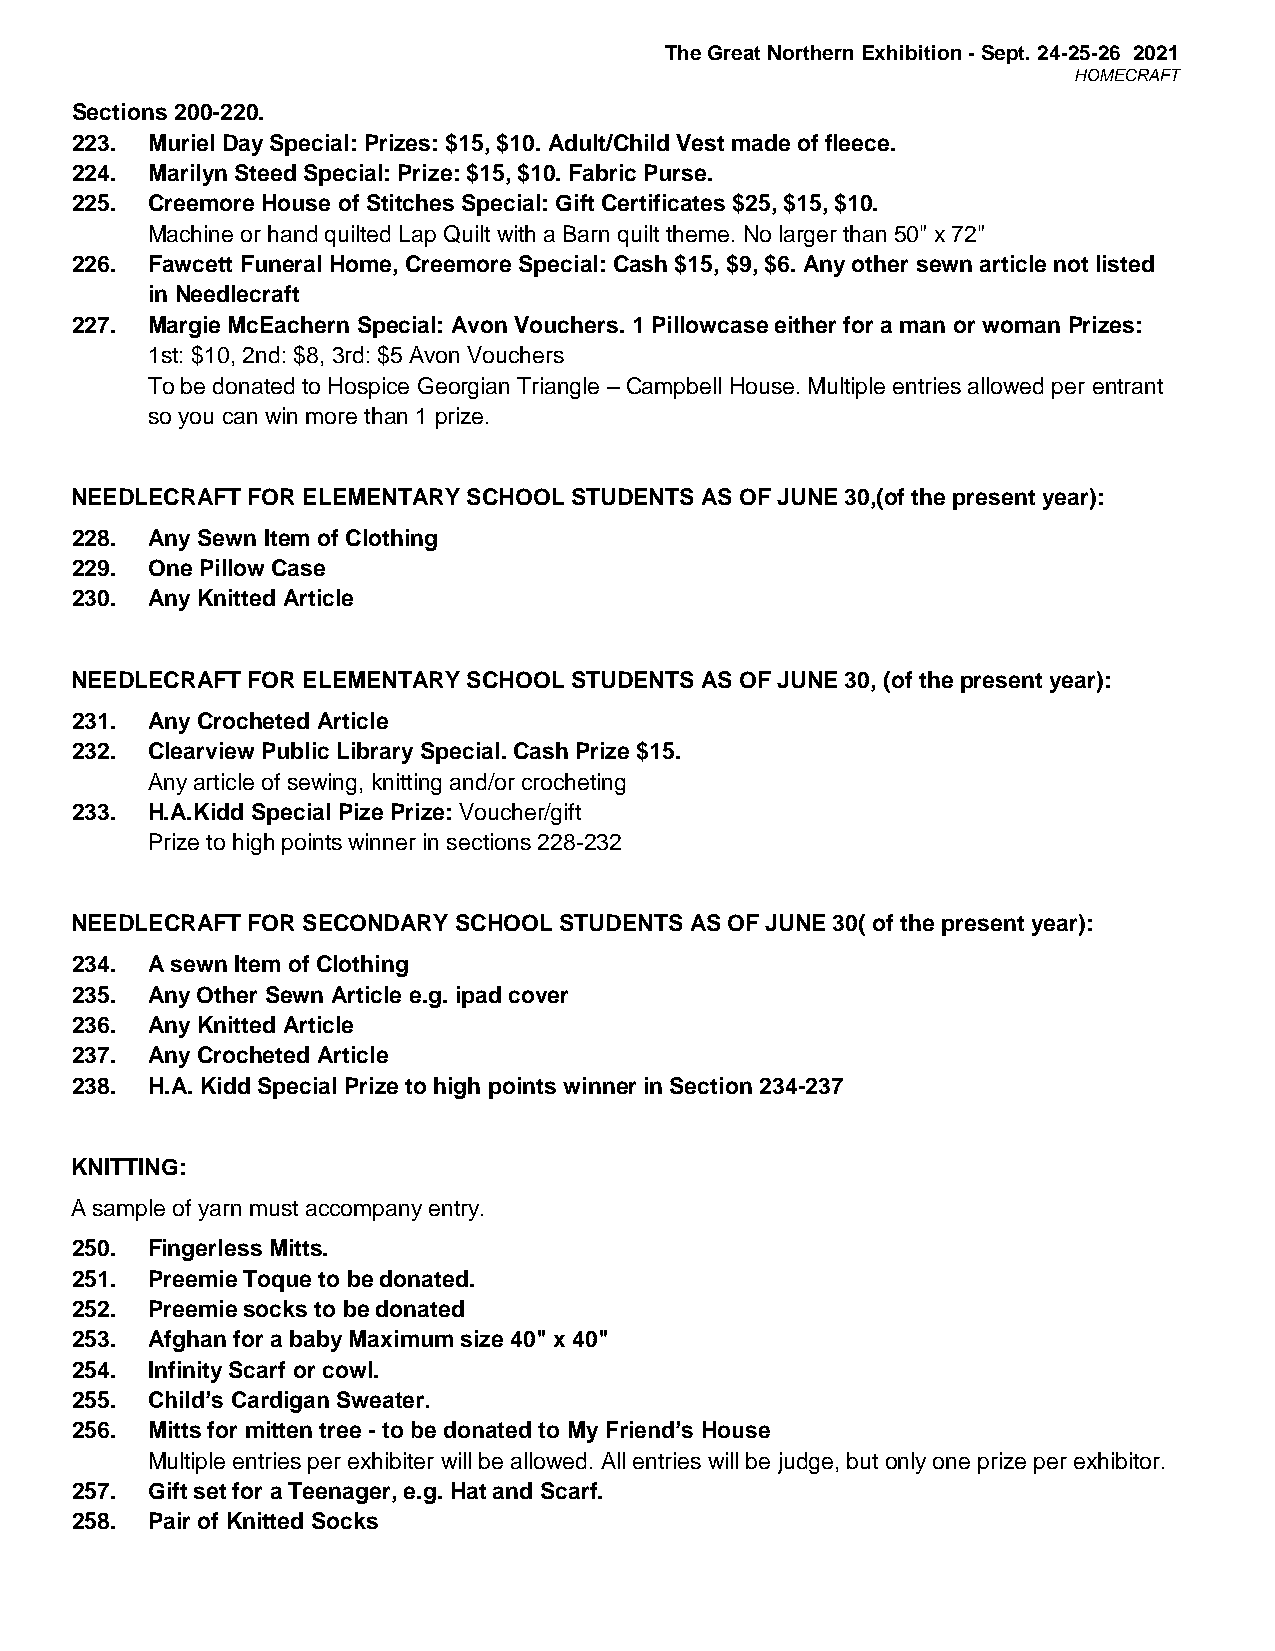
The Great Northern Exhibition - Sept. 24-25-26 2021
 HOMECRAFT
 Sections 200-220.
 223. Muriel Day Special: Prizes: $15, $10. Adult/Child Vest made of fleece.
 224. Marilyn Steed Special: Prize: $15, $10. Fabric Purse.
 225. Creemore House of Stitches Special: Gift Certificates $25, $15, $10.
 Machine or hand quilted Lap Quilt with a Barn quilt theme. No larger than 50" x 72"
 226. Fawcett Funeral Home, Creemore Special: Cash $15, $9, $6. Any other sewn article not listed
 in Needlecraft
 227. Margie McEachern Special: Avon Vouchers. 1 Pillowcase either for a man or woman Prizes:
 1st: $10, 2nd: $8, 3rd: $5 Avon Vouchers
 To be donated to Hospice Georgian Triangle – Campbell House. Multiple entries allowed per entrant
 so you can win more than 1 prize.
 NEEDLECRAFT FOR ELEMENTARY SCHOOL STUDENTS AS OF JUNE 30,(of the present year):
 228. Any Sewn Item of Clothing
 229. One Pillow Case
 230. Any Knitted Article
 NEEDLECRAFT FOR ELEMENTARY SCHOOL STUDENTS AS OF JUNE 30, (of the present year):
 231. Any Crocheted Article
 232. Clearview Public Library Special. Cash Prize $15.
 Any article of sewing, knitting and/or crocheting
 233. H.A.Kidd Special Pize Prize: Voucher/gift
 Prize to high points winner in sections 228-232
 NEEDLECRAFT FOR SECONDARY SCHOOL STUDENTS AS OF JUNE 30( of the present year):
 234. A sewn Item of Clothing
 235. Any Other Sewn Article e.g. ipad cover
 236. Any Knitted Article
 237. Any Crocheted Article
 238. H.A. Kidd Special Prize to high points winner in Section 234-237
 KNITTING:
 A sample of yarn must accompany entry.
 250. Fingerless Mitts.
 251. Preemie Toque to be donated.
 252. Preemie socks to be donated
 253. Afghan for a baby Maximum size 40" x 40"
 254. Infinity Scarf or cowl.
 255. Child’s Cardigan Sweater.
 256. Mitts for mitten tree - to be donated to My Friend’s House
 Multiple entries per exhibiter will be allowed. All entries will be judge, but only one prize per exhibitor.
 257. Gift set for a Teenager, e.g. Hat and Scarf.
 258. Pair of Knitted Socks